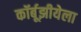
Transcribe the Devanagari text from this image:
कॉर्बूझीयेला